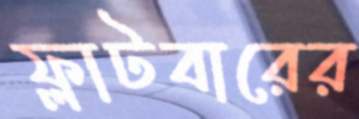
ফ্লাটবারের